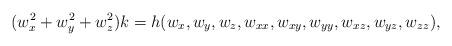
LaTeX: \begin{align*}(w_x^2+w_y^2+ w_z^2)k=h(w_x,w_y,w_z,w_{xx},w_{xy},w_{yy},w_{xz},w_{yz},w_{zz}),\end{align*}